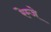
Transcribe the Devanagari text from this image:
रेम्जे